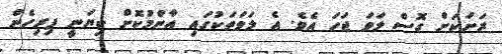
ރަށަކަށް ގޮސް ލަވަ ޖަހަ އެވެ. އެ ލަވަތަކުގައި އާންމުކޮށް ކިޔަނީ ފިރިހެން